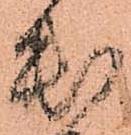
出